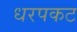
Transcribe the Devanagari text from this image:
धरपकट